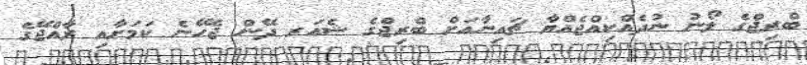
ބްރިޖްގެ ލޯނު ނުދެއްކިއްޖެއްޔާ ޗައިނާއަށް ބްރިޖްގެ ޝެއަރ ދޭން ޖެހޭނެ ކަމަށާއި ރާއްޖޭގެ